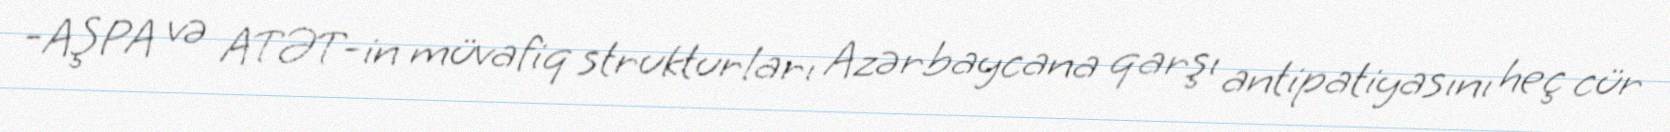
-AŞPA və ATƏT-in müvafiq strukturları Azərbaycana qarşı antipatiyasını heç cür